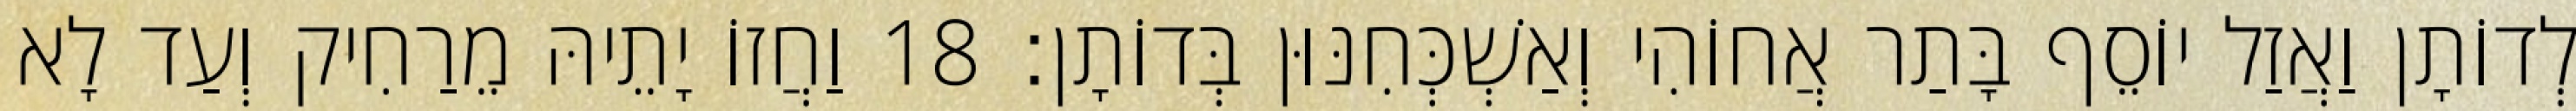
לְדוֹתָן וַאֲזַל יוֹסֵף בָּתַר אֲחוֹהִי וְאַשְׁכְּחִנּוּן בְּדוֹתָן׃ 18 וַחֲזוֹ יָתֵיהּ מֵרַחִיק וְעַד לָא